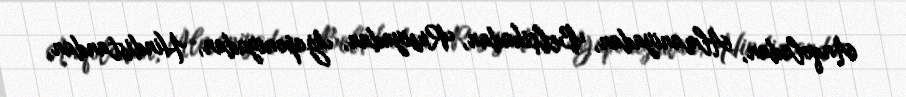
Anqoladan, Almaniyadan, Belçikadan, Rusiyadan, Yaponiyadan, Hindistandan,